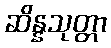
ဆိန္နသုတ္တာ